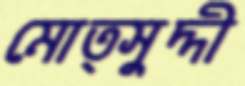
মোত্সুদ্দী